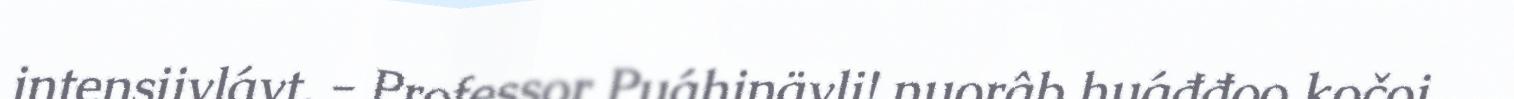
intensiivlávt. - Professor Puáhinävli! nuorâb huáđđoo kočoi.